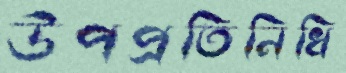
উপপ্রতিনিধি